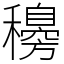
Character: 𥣰